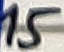
Text: 15